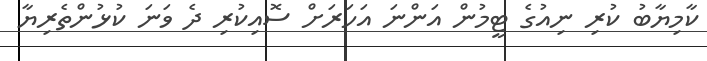
ކާމިޔާބު ކުރި ނިއުގެ ޓީމުން އަންނަ އަހަރަށް ސޮއިކުރި ދެ ވަނަ ކުޅުންތެރިޔާ